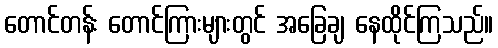
တောင်တန်း တောင်ကြားများတွင် အခြေချ နေထိုင်ကြသည်။